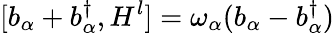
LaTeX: [b_{\alpha}+b_{\alpha}^{\dagger},H^{l}]=\omega_{\alpha}(b_{\alpha}-b_{\alpha}^{\dagger})